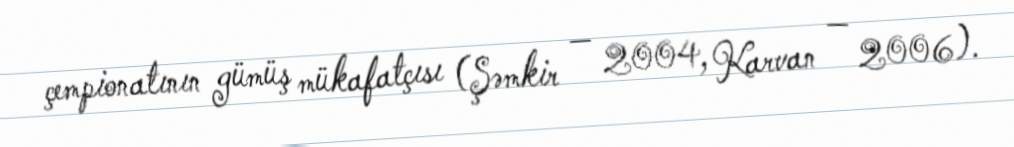
çempionatının gümüş mükafatçısı (Şəmkir — 2004, Karvan — 2006).